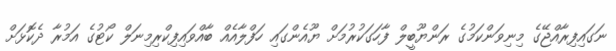
ނަގައިފިރާއްޖޭގެ މިނިވަންކަމުގެ ރަންޔޫބީލް ފާހަގަކުރުމަށް ޔޫއެންގައި ހަފްލާއެއް ބާއްވައިފިކްރިމިނަލް ކޯޓުގެ އަމުރާ ދެކޮޅަށް